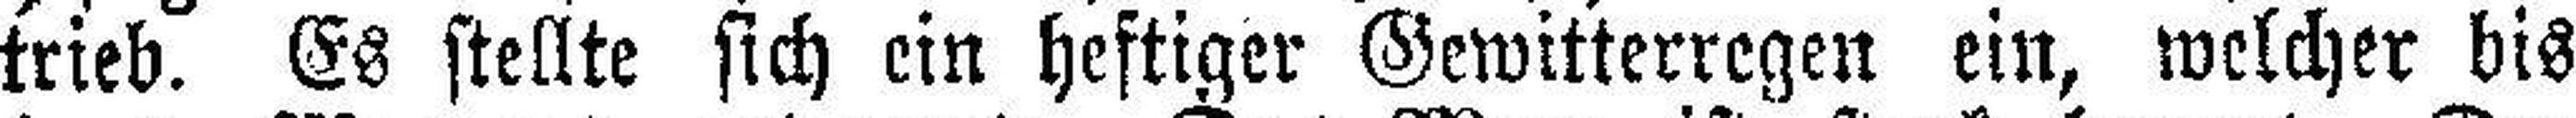
trieb. Es stellte sich ein heftiger Gewitterregen ein, welcher bis